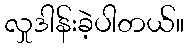
လှုဒါန်းခဲ့ပါတယ်။